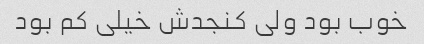
خوب بود ولی کنجدش خیلی کم بود